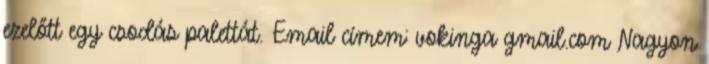
ezelőtt egy csodás palettát. Email címem: vokinga gmail.com Nagyon